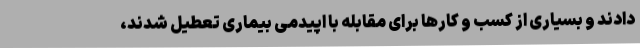
دادند و بسیاری از کسب و کارها برای مقابله با اپیدمی بیماری تعطیل شدند،